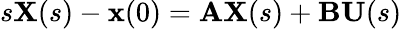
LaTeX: s\mathbf{X}(s)-\mathbf{x}(0)=\mathbf{A}\mathbf{X}(s)+\mathbf{B}\mathbf{U}(s)